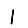
Digit: 1